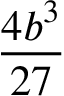
\frac { 4 b ^ { 3 } } { 2 7 }